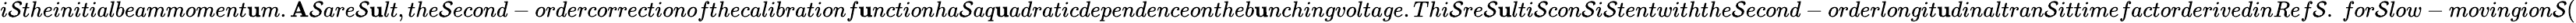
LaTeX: i\mathcal{S}theinitialbeammoment\mathbf{u}m.\mathbf{A}\mathcal{S}are\mathcal{S}\mathbf{u}lt,the\mathcal{S}econd-ordercorrectionofthecalibrationf\mathbf{u}nctionha\mathcal{S}aq\mathbf{u}adraticdependenceontheb\mathbf{u}nchingvoltage.Thi\mathcal{S}re\mathcal{S}\mathbf{u}lti\mathcal{S}con\mathcal{S}i\mathcal{S}tentwiththe\mathcal{S}econd-orderlongit\mathbf{u}dinaltran\mathcal{S}ittimefactorderivedinRef\mathcal{S}.~for\mathcal{S}low-movingion\mathcal{S}(